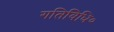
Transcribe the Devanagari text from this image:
गतिविधि०